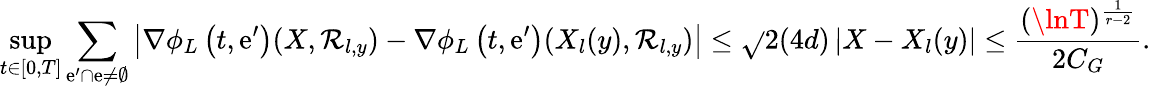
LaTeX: \operatorname*{sup}_{t\in[0,T]}\sum_{\mathrm{e}^{\prime}\cap\mathrm{e}\neq\emptyset}\left|\nabla\phi_{L}\left(t,\mathrm{e}^{\prime}\right)(X,\mathcal{{R}}_{l,y})-\nabla\phi_{L}\left(t,\mathrm{e}^{\prime}\right)(X_{l}(y),\mathcal{{R}}_{l,y})\right|\leq\sqrt{}{{2}}(4d)\left|X-X_{l}(y)\right|\leq\frac{{(\lnT)^{\frac{{1}}{{r-2}}}}}{{2C_{G}}}.